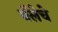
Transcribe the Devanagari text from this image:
बॅलेचे